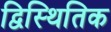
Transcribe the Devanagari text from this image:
द्विस्थितिक